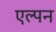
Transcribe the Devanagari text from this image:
एल्पन